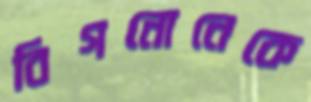
বিগনোনেকে